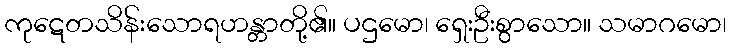
ကုဋေတသိန်းသောရဟန္တာတို့၏။ ပဌမော၊ ရှေးဦးစွာသော။ သမာဂမော၊